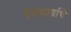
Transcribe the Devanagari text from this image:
देशकार्याचे